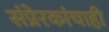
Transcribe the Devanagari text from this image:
संप्रेरकांचाही